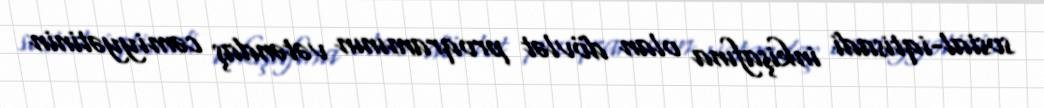
sosial-iqtisadi inkişafına olan dövlət proqramının vətəndaş cəmiyyətinin